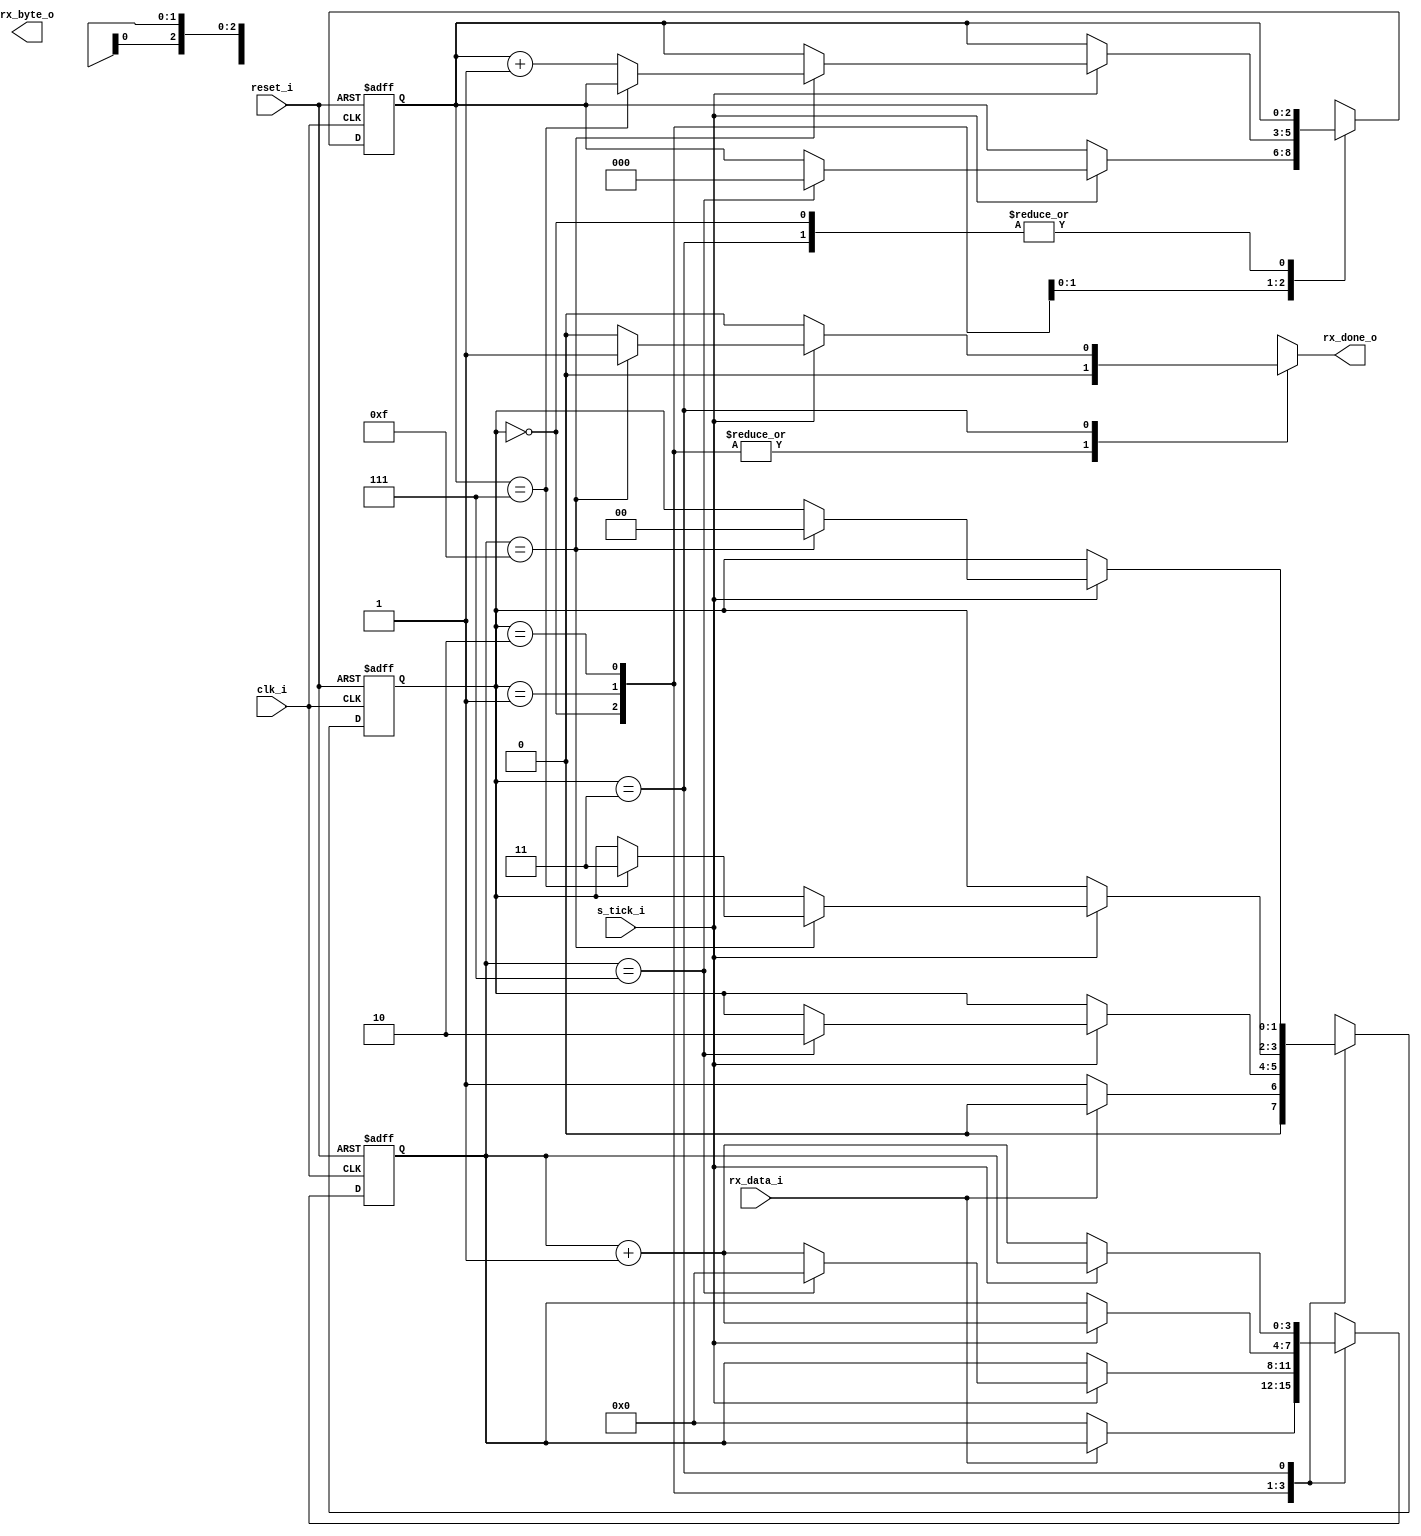

`timescale 1ns/1ns

module rx_fsm 
  #(parameter D_WIDTH = 8,
    parameter SB_TICK = 16)
  (output [D_WIDTH-1:0] rx_byte_o,
   output 				rx_done_o,
   input 				rx_data_i,
   input 				s_tick_i,
   input 				clk_i,
   input 				reset_i);
  	
  parameter [1:0] IDLE = 2'd0, START = 2'd1, DATA = 2'd2, STOP = 2'd3;
  
  reg 	[2:0] 	bits_next, bits_reg;
  reg 	[3:0]	s_next, s_reg;
  reg	[1:0]   next_state, state;
  reg   [7:0]	shift_bits_next,shift_bits_reg;
  reg 			rx_done;
  
  always@(posedge clk_i , posedge reset_i) begin
    if(reset_i) begin
      state <= IDLE;
      s_reg <= 0;
      bits_reg <= 0;
      shift_bits_reg <= 0;
    end
    else begin
      state <= next_state;
      bits_reg <= bits_next;
      s_reg <= s_next;
      shift_bits_reg <= shift_bits_next;
    end    
  end
  
  always@(*) begin
    bits_next = bits_reg;
    s_next    = s_reg;
    rx_done = 1'b0;
    shift_bits_next = shift_bits_reg;
    next_state = state;
    
    case(state) 
      IDLE : begin
        if(~rx_data_i) begin
          	s_next = 1'b0;
            next_state = START;
        end
        else 
          	next_state = IDLE;
      end
      
      START : begin
        if(s_tick_i) begin
          if(s_reg == 4'd7) begin 
            	next_state = DATA;
            	s_next     = 1'b0;
            	bits_next  = 3'b0;
          end
          	else
              	s_next	   = s_reg + 1'b1;
        end
      end
      
      DATA : begin
        if(s_tick_i) begin
          if(s_reg == 4'd15) begin
            s_next = 0;
            shift_bits_next = {rx_data_i,shift_bits_reg[7:1]};
            if(bits_reg == D_WIDTH - 1)
              next_state = STOP;
            else 
              bits_next = bits_reg + 1'b1;
          end
          	s_next = s_reg + 1'b1;          
        end
      end
      
      STOP: begin
        if(s_tick_i) begin
          if(s_reg == SB_TICK - 1) begin
            rx_done = 1'b1;
            next_state = IDLE;
          end
          else
            rx_done = 0;          
        end
        else 
          	s_next = s_reg +1'b1;
      end
      
      default : next_state = IDLE;
    endcase
    
  end
  
  assign rx_done_o = rx_done;
endmodule